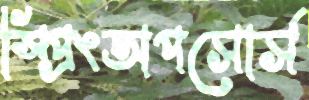
স্প্রিংঅপসোর্স